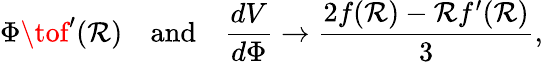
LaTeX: \Phi\tof^{\prime}(\mathcal{R})\quad{\textrm{{and}}}\quad{\frac{{dV}}{{d\Phi}}}\to{\frac{{2f(\mathcal{R})-\mathcal{R}f^{\prime}(\mathcal{R})}}{{3}}},